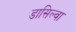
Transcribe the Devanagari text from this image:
डासिल्वा